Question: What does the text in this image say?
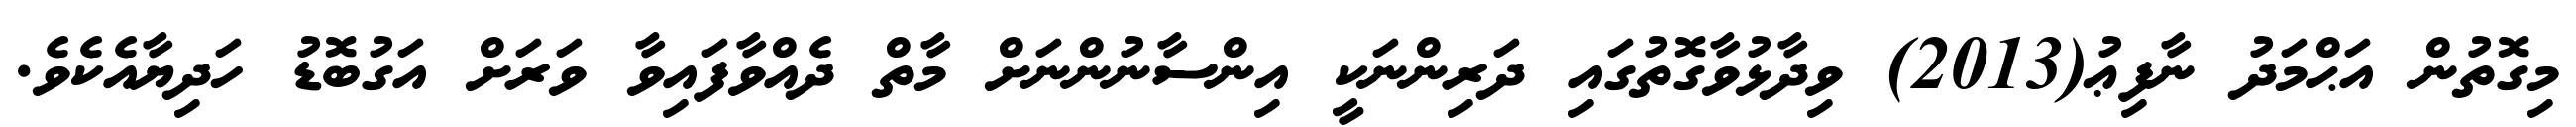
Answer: މިގޮތުން އަޙްމަދު ނާފިޢު(2013) ވިދާޅުވާގޮތުގައި ދަރިންނަކީ އިންސާނުންނަށް މާތް ދެއްވާފައިވާ ވަރަށް އަގުބޮޑު ހަދިޔާއެކެވެ.